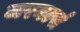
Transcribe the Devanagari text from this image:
जरनर्ल्स